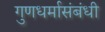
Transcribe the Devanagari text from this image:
गुणधर्मासंबंधी